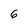
Character: 6